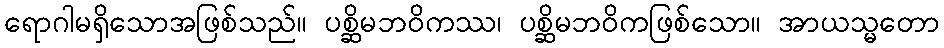
ရောဂါမရှိသောအဖြစ်သည်။ ပစ္ဆိမဘဝိကဿ၊ ပစ္ဆိမဘဝိကဖြစ်သော။ အာယသ္မတော